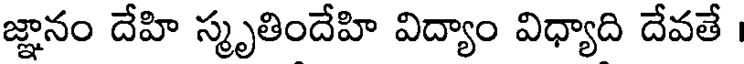
జ్ఞానం దేహి స్మృతిందేహి విద్యాం విధ్యాది దేవతే